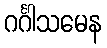
ဂင်္ဂါသမေန